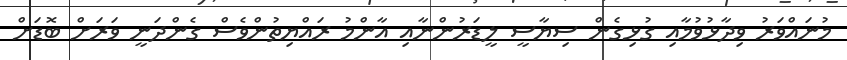
މުނައްވަރު ވިދާޅުވުމާއި ގުޅިގެން ސިޔާސީ ލީޑަރުންނާއި އާންމު ރައްޔިތުންވެސް ގެންދަނީ ވަރަށް ބޮޑަށް